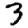
Digit: 3